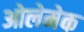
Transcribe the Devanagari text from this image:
ओलेमेक